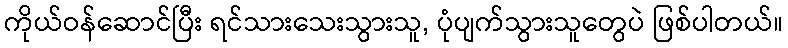
ကိုယ်ဝန်ဆောင်ပြီး ရင်သားသေးသွားသူ, ပုံပျက်သွားသူတွေပဲ ဖြစ်ပါတယ်။